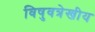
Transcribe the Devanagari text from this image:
विषुवत्रेखीय